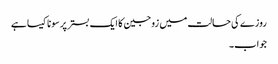
روزے کی حالت میں زوجین کا ایک بستر پر سونا کیسا ہے
جواب۔